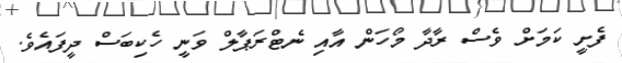
ފެށީ ކަމަށް ވެސް ރާދާ މޯހަން އާއި ނެޓްރަޕާލް ވަނީ ހެކިބަސް ދީފައެވެ.